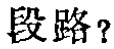
段路？